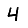
Digit: 4